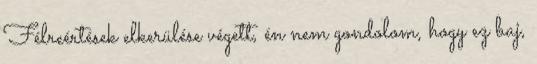
Félreértések elkerülése végett, én nem gondolom, hogy ez baj,